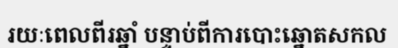
រយៈពេលពីរឆ្នាំ បន្ទាប់ពីការបោះឆ្នោតសកល